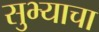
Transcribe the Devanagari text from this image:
सुभ्याचा